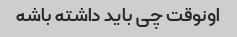
اونوقت چی باید داشته باشه